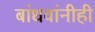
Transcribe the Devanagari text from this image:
बांधवांनीही